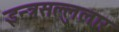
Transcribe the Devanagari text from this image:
इन्त्रसल्लुलार